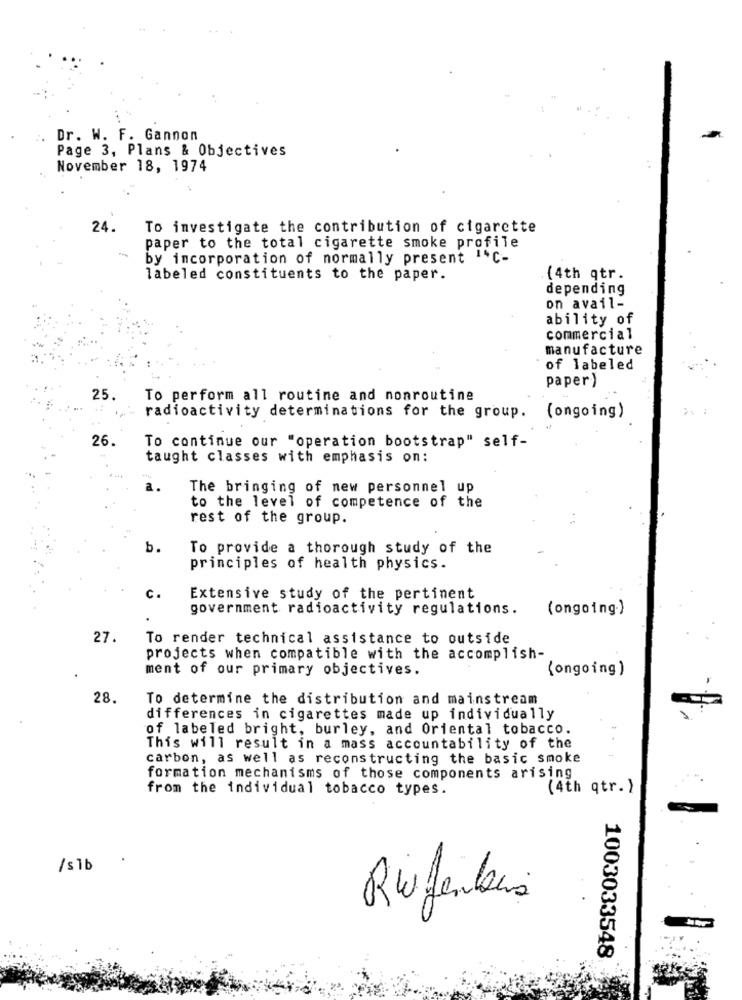
Dr. W. F. Gannon
Page 3, Plans & Objectives
November 18, 1974
24.
To investigate the contribution of cigarette
paper to the total cigarette smoke profile
by incorporation of normally present ""C-
labeled constituents to the paper.
(4th qtr.
depending
on avail-
ability of
commercial
manufacture
of labeled
paper)
25.
To perform all routine and nonroutine
radioactivity determinations for the group. (ongoing)
26
To continue our "operation bootstrap" self-
taught classes with emphasis on:
a.
The bringing of new personnel up
to the level of competence of the
rest of the group.
b.
To provide a thorough study of the
principles of health physics.
C.
Extensive study of the pertinent
government radioactivity regulations.
(ongoing.)
27.
To render technical assistance to outside
projects when compatible with the accomplish-
ment of our primary objectives.
(ongoing )
28.
To determine the distribution and mainstream
differences in cigarettes made up individually
of labeled bright, burley, and Oriental tobacco.
This will result in a mass accountability of the
carbon, as well as reconstructing the basic smoke
formation mechanisms of those components arising
from the individual tobacco types.
(4th qtr. )
/ sib
1003033548